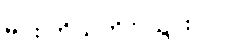
မင်း ကိုယ်တိုင် သွားပါ။